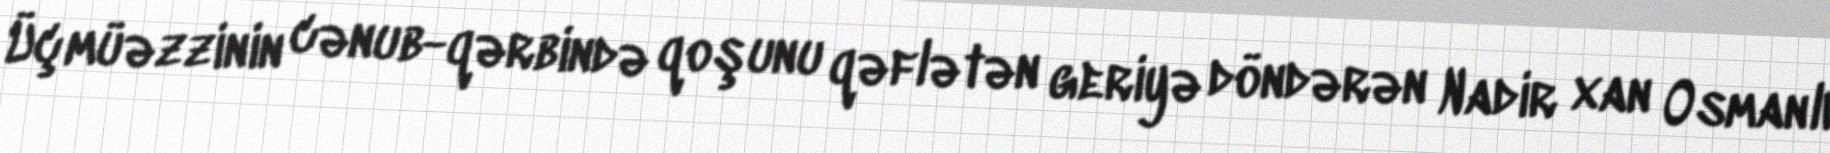
Üçmüəzzinin cənub-qərbində qoşunu qəflətən geriyə döndərən Nadir xan Osmanlı